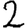
Digit: 2